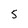
Character: 5